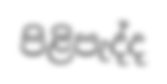
පිළිපැද්ද